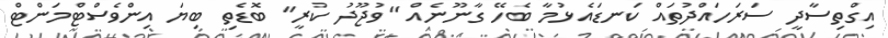
އިގްތިސާދީ ސަރަހައްދުތައް ކަނޑައެޅުމާ ބެހޭ ގާނޫނެއް "ވުޖޫދު ކުރީ" ބޮޑެތި ބިޔަ އިންވެސްޓްމަންޓް